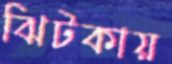
ঝিটকায়